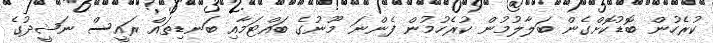
ކުރެހުން ބޮޑުކޮށްގެން ބަލާލުމުން ކުރެހުމުން ފެންނަ މޫނުގެ ބައްޓަމާއި ބަނޑިތައް ރައީސް ނަޝީދުގެ